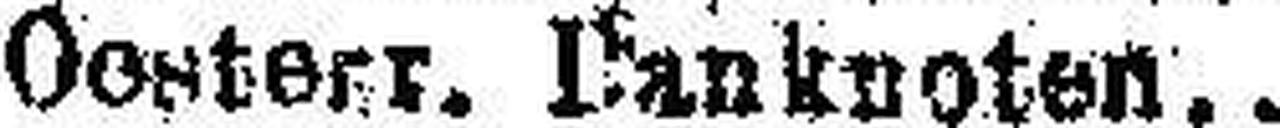
Oesterr. Danknoten